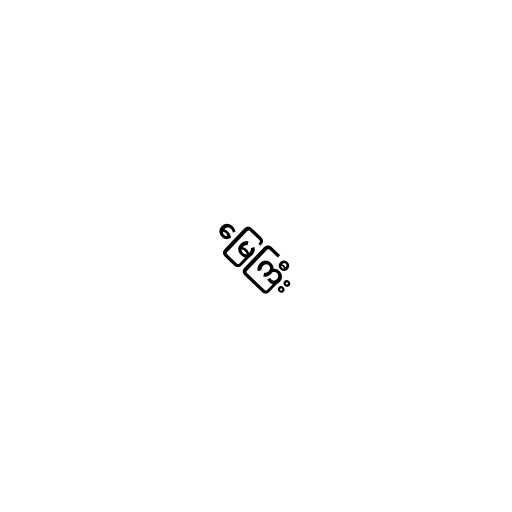
မြေကြီး